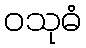
ဝသုဓံ